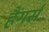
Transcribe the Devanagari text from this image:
हैंगर्स